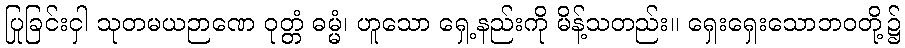
ပြုခြင်းငှါ သုတမယဉာဏေ ဝုတ္တံ ဓမ္မံ၊ ဟူသော ရှေ့နည်းကို မိန့်သတည်း။ ရှေးရှေးသောဘဝတို့၌